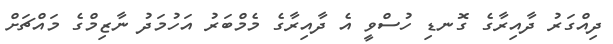
ދިއްގަރު ދާއިރާގެ ގޮނޑި ހުސްވީ އެ ދާއިރާގެ މެމްބަރު އަހުމަދު ނާޒިމްގެ މައްޗަށް